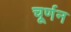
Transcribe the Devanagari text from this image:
चूर्णन